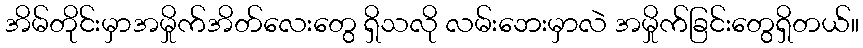
အိမ်တိုင်းမှာအမှိုက်အိတ်လေးတွေ ရှိသလို လမ်းဘေးမှာလဲ အမှိုက်ခြင်းတွေရှိတယ်။